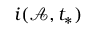
i ( \mathcal { A } , t _ { * } )